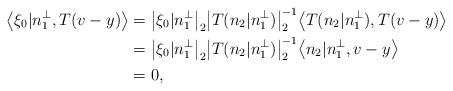
LaTeX: \begin{align*}\big\langle \xi_0|n_1^\perp, T(v-y)\big\rangle &= \big| \xi_0|n_1^\perp \big|_2 \big| T(n_2|n_1^\perp) \big|_2^{-1} \big\langle T( n_2|n_1^\perp), T(v-y) \big\rangle \\&= \big| \xi_0|n_1^\perp \big|_2 \big| T(n_2|n_1^\perp) \big|_2^{-1} \big\langle n_2|n_1^\perp, v-y \big\rangle \\&= 0,\end{align*}